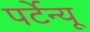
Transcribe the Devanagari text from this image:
पर्टेन्यू